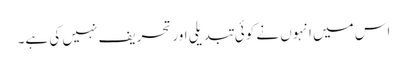
اس میں انہوں نے کوئی تبدیلی اور تحریف نہیں کی ہے۔